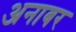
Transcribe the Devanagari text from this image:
अनाबर